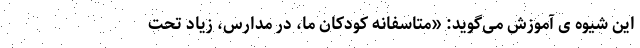
این شیوه ی آموزش می‌گوید: «متاسفانه کودکان ما، در مدارس، زیاد تحت